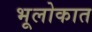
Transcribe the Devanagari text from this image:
भूलोकात